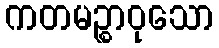
ကတမဉ္စာဝုသော